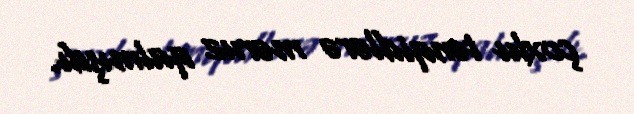
çoxlu tənqidlərə məruz qalmışdı.